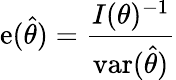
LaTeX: \mathrm{e}({\hat{{\theta}}})={\frac{{I(\theta)^{-1}}}{{\operatorname{var}({\hat{{\theta}}})}}}